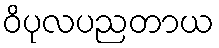
ဝိပုလပညတာယ